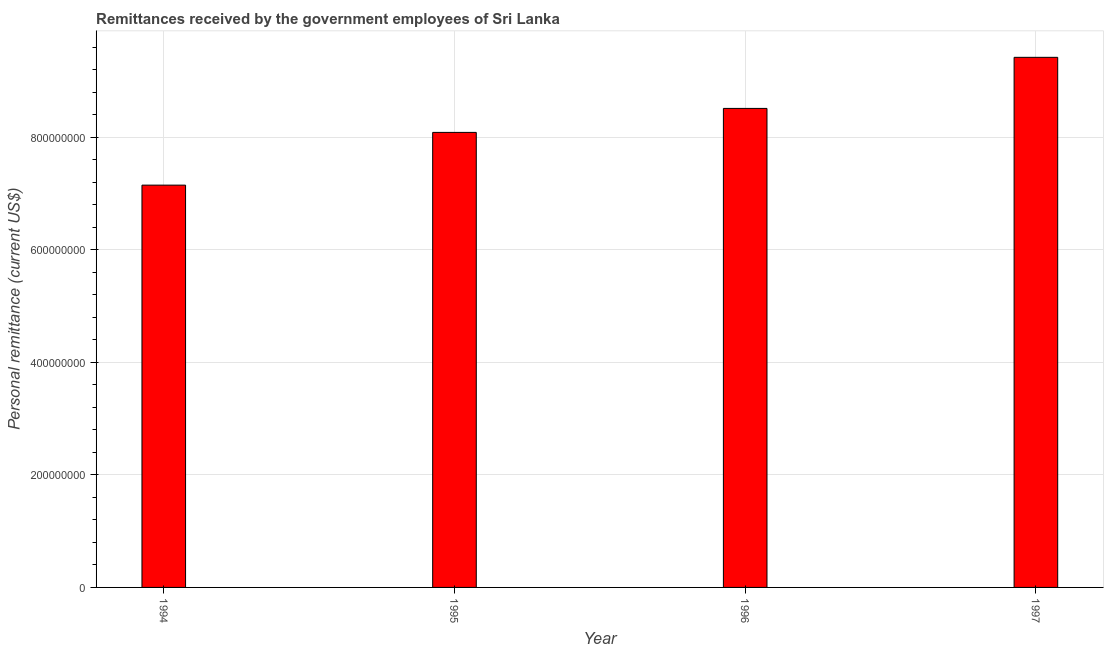
| Year | Personal remittances |
 | --- | --- |
 | 1994 | 7.15e+08 |
 | 1995 | 8.09e+08 |
 | 1996 | 8.52e+08 |
 | 1997 | 9.42e+08 |